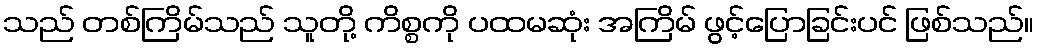
သည် တစ်ကြိမ်သည် သူတို့ ကိစ္စကို ပထမဆုံး အကြိမ် ဖွင့်ပြောခြင်းပင် ဖြစ်သည်။